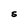
Character: S